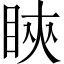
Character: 鿃